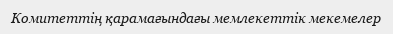
Комитеттің қарамағындағы мемлекеттік мекемелер